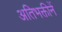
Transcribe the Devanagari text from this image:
अतिभक्तीनें